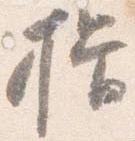
揖